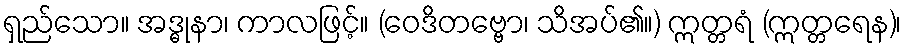
ရှည်သော။ အဒ္ဓုနာ၊ ကာလဖြင့်။ (ဝေဒိတဗ္ဗော၊ သိအပ်၏။) ဣတ္တရံ (ဣတ္တရေန)၊